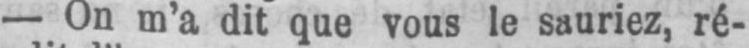
- On m’a dit que vous le sauriez, ré-